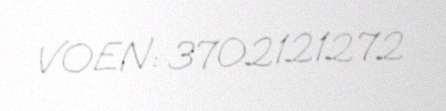
VOEN: 3702121272